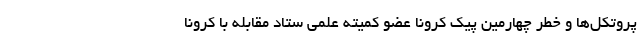
پروتکل‌ها و خطر چهارمین پیک کرونا عضو کمیته علمی ستاد مقابله با کرونا